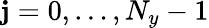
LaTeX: \mathbf{j}=0,\ldots,N_{y}-1